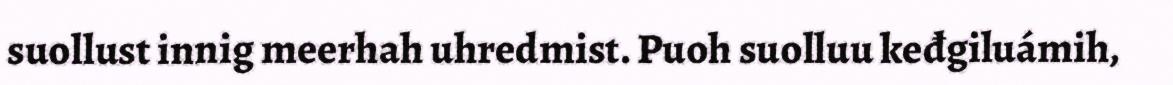
suollust innig meerhah uhredmist. Puoh suolluu keđgiluámih,